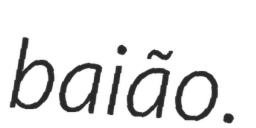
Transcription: baião.